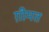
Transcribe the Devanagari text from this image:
ग़ीमत